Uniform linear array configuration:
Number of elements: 64
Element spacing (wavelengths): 0.75
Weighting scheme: binomial
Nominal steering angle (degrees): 0
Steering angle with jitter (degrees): -0.5604
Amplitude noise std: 0.05
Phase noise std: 0.05

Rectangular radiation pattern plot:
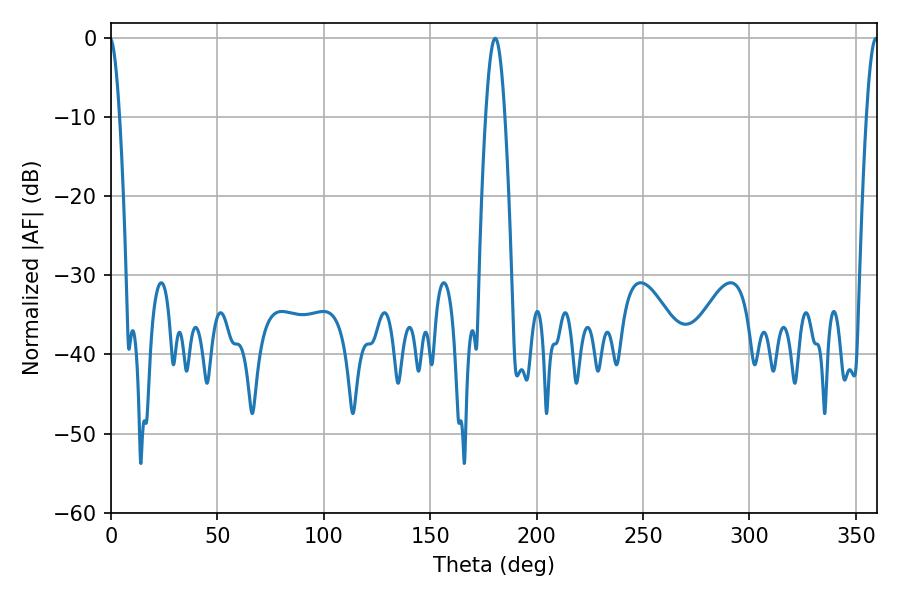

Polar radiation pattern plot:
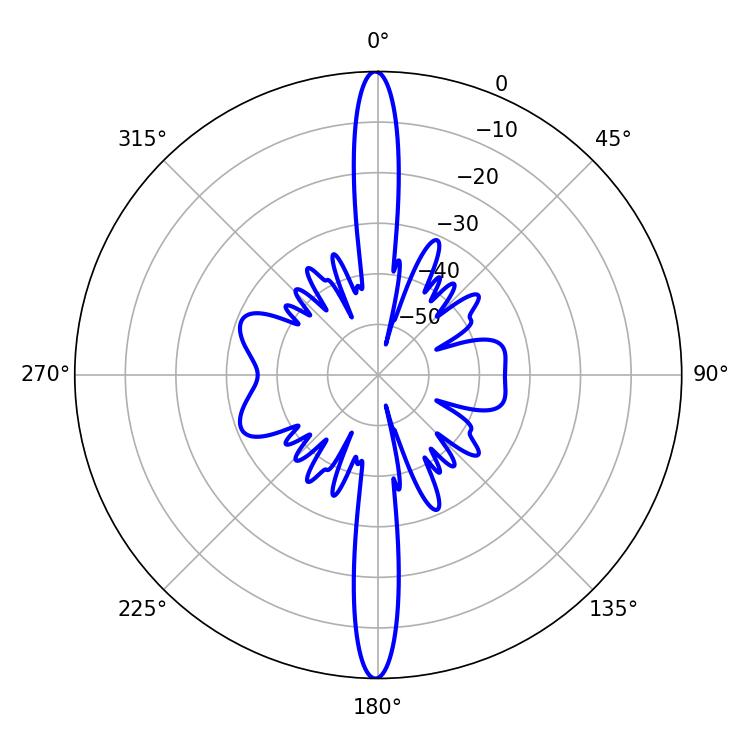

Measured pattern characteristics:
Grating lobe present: TRUE
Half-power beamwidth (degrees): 2.88
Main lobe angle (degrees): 359.46